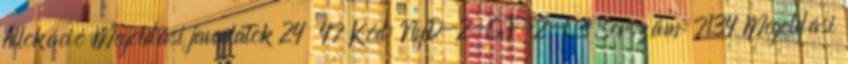
Allokáció Megoldási javaslatok 24 47 Kód: NyD-2-GF-2-03 Sorszám: 7134 Megoldási